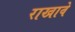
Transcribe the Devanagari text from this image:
राखावे